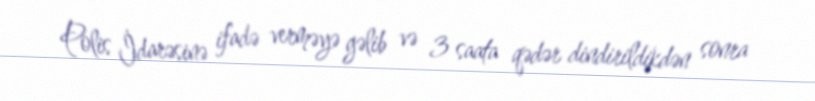
Polis İdarəsinə ifadə verməyə gəlib və 3 saata qədər dindirildikdən sonra